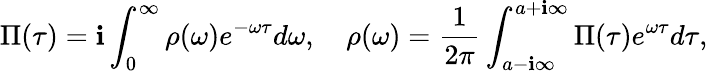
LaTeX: \Pi(\tau)=\mathbf{i}\int_{0}^{\infty}\rho(\omega)e^{-\omega\tau}d\omega,\quad\rho(\omega)=\frac{{1}}{{2\pi}}\int_{a-\mathbf{i}\infty}^{a+\mathbf{i}\infty}\Pi(\tau)e^{\omega\tau}d\tau,